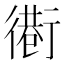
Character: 𢕵